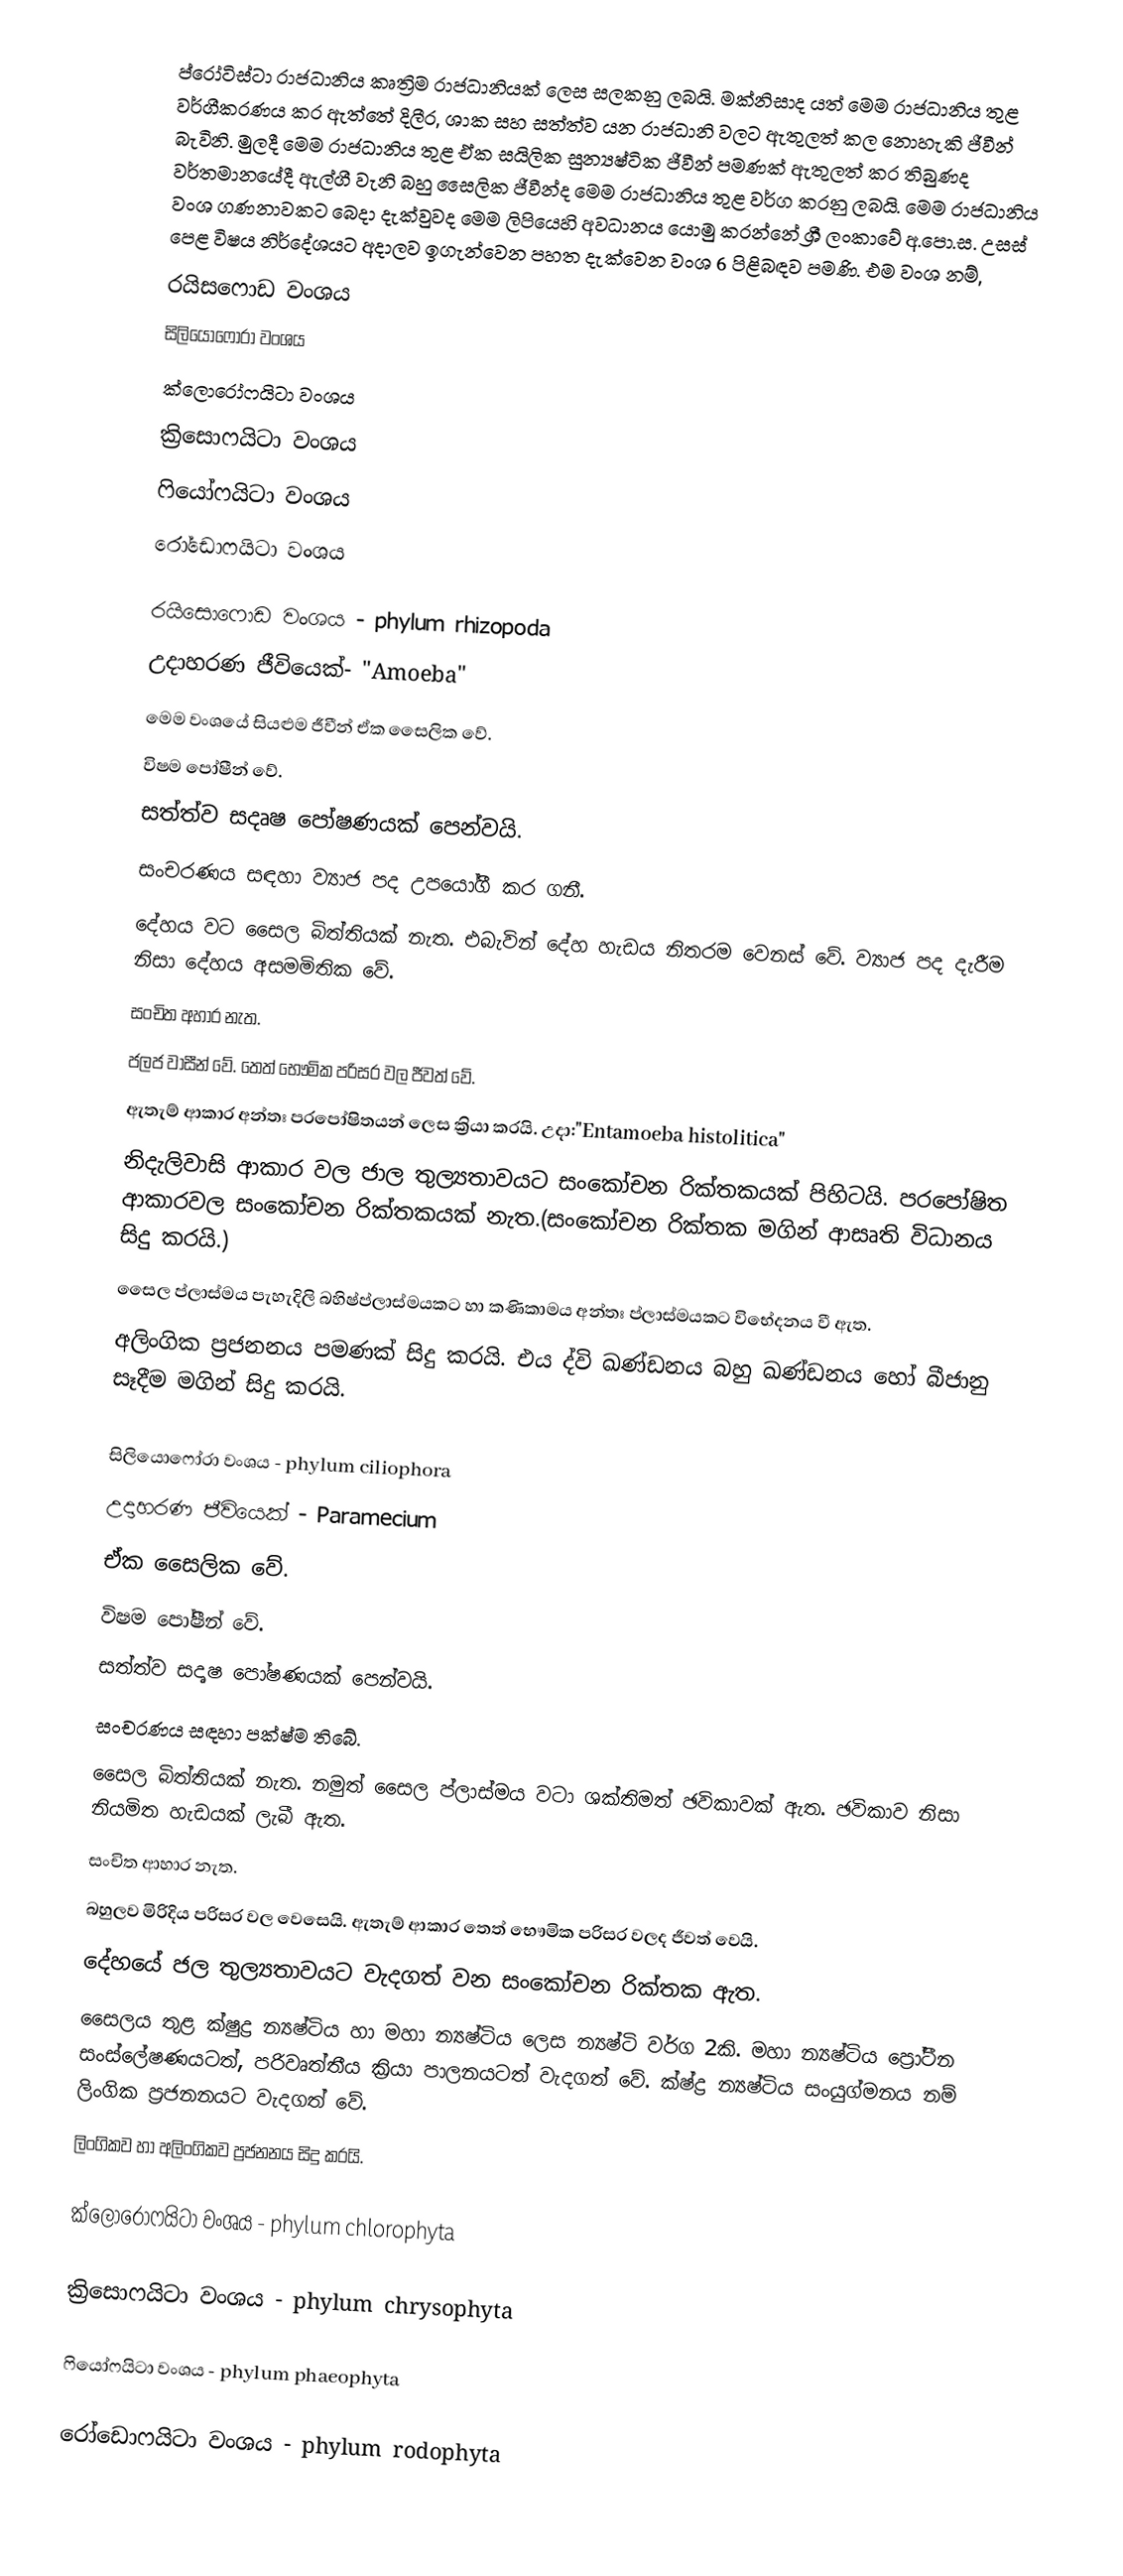
ප්රෝටිස්ටා රාජධානිය කෘත්‍රිම රාජධානියක් ලෙස සලකනු ලබයි. මක්නිසාද යත් මෙම රාජධානිය තුළ වර්ගීකරණය කර ඇත්තේ දිලීර, ශාක සහ සත්ත්ව යන රාජධානි වලට ඇතුලත් කල නොහැකි ජීවීන් බැවිනි. මුලදී මෙම රාජධානිය තුළ ඒක සයිලික සුන්‍යෂ්ටික ජීවීන් පමණක් ඇතුලත් කර තිබුණද වර්තමානයේදී ඇල්ගී වැනි බහු සෛලික ජීවීන්ද මෙම රාජධානිය තුළ වර්ග කරනු ලබයි. මෙම රාජධානිය වංශ ගණනාවකට බෙදා දැක්වුවද මෙම ලිපියෙහි අවධානය යොමු කරන්නේ ශ්‍රී ලංකාවේ අ.පො.ස. උසස් පෙළ විෂය නිර්දේශයට අදාලව ඉගැන්වෙන පහත දැක්වෙන වංශ 6 පිළිබඳව පමණි. එම වංශ නම්,
රයිසෆොඩ වංශය
සිලියොෆෝරා වංශය
ක්ලොරෝෆයිටා වංශය
ක්‍රිසොෆයිටා වංශය
ෆියෝෆයිටා වංශය
රෝඩොෆයිටා වංශය

රයිසොෆොඩ වංශය - phylum rhizopoda
උදාහරණ ජීවියෙක්- "Amoeba"
මෙම වංශයේ සියළුම ජීවීන් ඒක සෛලික වේ.
විෂම පෝෂීන් වේ.
සත්ත්ව සදෘෂ පෝෂණයක් පෙන්වයි.
සංචරණය සඳහා ව්‍යාජ පද උපයෝගී කර ගනී.
දේහය වට සෛල බිත්තියක් නැත. එබැවින් දේහ හැඩය නිතරම වෙනස් වේ. ව්‍යාජ පද දැරීම නිසා දේහය අසමමිතික වේ.
සංචිත අහාර නැත.
ජලජ වාසීන් වේ. තෙත් භෞමික පරිසර වල ජීවත් වේ.
ඇතැම් ආකාර අන්තඃ පරපෝෂිතයන් ලෙස ක්‍රියා කරයි. උදා:"Entamoeba histolitica"
නිදැලිවාසි ආකාර වල ජාල තුල්‍යතාවයට සංකෝචන රික්තකයක් පිහිටයි. පරපෝෂිත ආකාරවල සංකෝචන රික්තකයක් නැත.(සංකෝචන රික්තක මගින් ආසෘති විධානය සිදු කරයි.)
සෛල ප්ලාස්මය පැහැදිලි බහිෂ්ප්ලාස්මයකට හා කණිකාමය අන්තඃ ප්ලාස්මයකට විභේදනය වී ඇත.
අලිංගික ප්‍රජනනය පමණක් සිදු කරයි. එය ද්වි ඛණ්ඩනය බහු ඛණ්ඩනය හෝ බීජානු සෑදීම මගින් සිදු කරයි.

සිලියොෆෝරා වංශය - phylum ciliophora
උදාහරණ ජීවියෙක් - Paramecium
ඒක සෛලික වේ.
විෂම පෝෂීන් වේ.
සත්ත්ව සදෘෂ පෝෂණයක් පෙන්වයි.
සංචරණය සඳහා පක්ෂ්ම තිබේ.
සෛල බිත්තියක් නැත. නමුත් සෛල ප්ලාස්මය වටා ශක්තිමත් ඡවිකාවක් ඇත. ඡවිකාව නිසා නියමිත හැඩයක් ලැබී ඇත.
සංචිත ආහාර නැත.
බහුලව මිරිදිය පරිසර වල වෙසෙයි. ඇතැම් ආකාර තෙත් භෞමික පරිසර වලද ජීවත් වෙයි.
දේහයේ ජල තුල්‍යතාවයට වැදගත් වන සංකෝචන රික්තක ඇත.
සෛලය තුළ ක්ෂුද්‍ර න්‍යෂ්ටිය හා මහා න්‍යෂ්ටිය ලෙස න්‍යෂ්ටි වර්ග 2කි. මහා න්‍යෂ්ටිය ප්‍රෝටීන සංස්ලේෂණයටත්, පරිවෘත්තීය ක්‍රියා පාලනයටත් වැදගත් වේ. ක්ෂ්ද්‍ර න්‍යෂ්ටිය සංයුග්මනය නම් ලිංගික ප්‍රජනනයට වැදගත් වේ.
ලිංගිකව හා අලිංගිකව ප්‍රජනනය සිදු කරයි.

ක්ලොරෝෆයිටා වංශය - phylum chlorophyta

ක්‍රිසොෆයිටා වංශය - phylum chrysophyta

ෆියෝෆයිටා වංශය - phylum phaeophyta

රෝඩොෆයිටා වංශය - phylum rodophyta